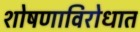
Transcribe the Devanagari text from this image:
शोषणाविरोधात